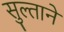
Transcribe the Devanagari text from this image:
सुल्ताने